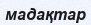
мадақтар